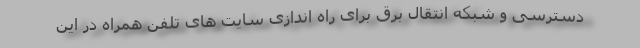
دسترسی و شبکه انتقال برق برای راه اندازی سایت های تلفن همراه در این